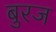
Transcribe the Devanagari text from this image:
बुरज